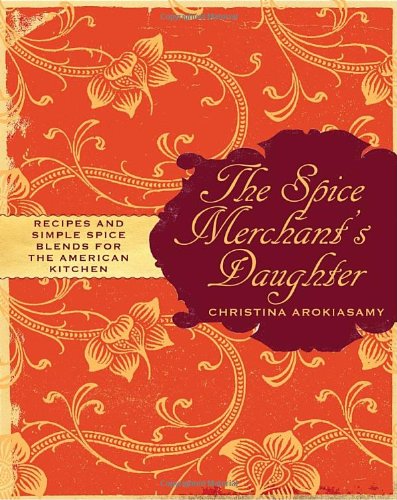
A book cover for The Spice Merchant's Daughter: Recipes and Simple Spice Blends for the American Kitchen; Christina Arokiasamy; Cookbooks, Food & Wine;